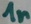
Text: 1n